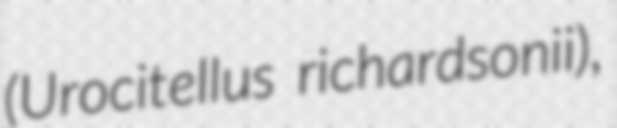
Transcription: (Urocitellus richardsonii),